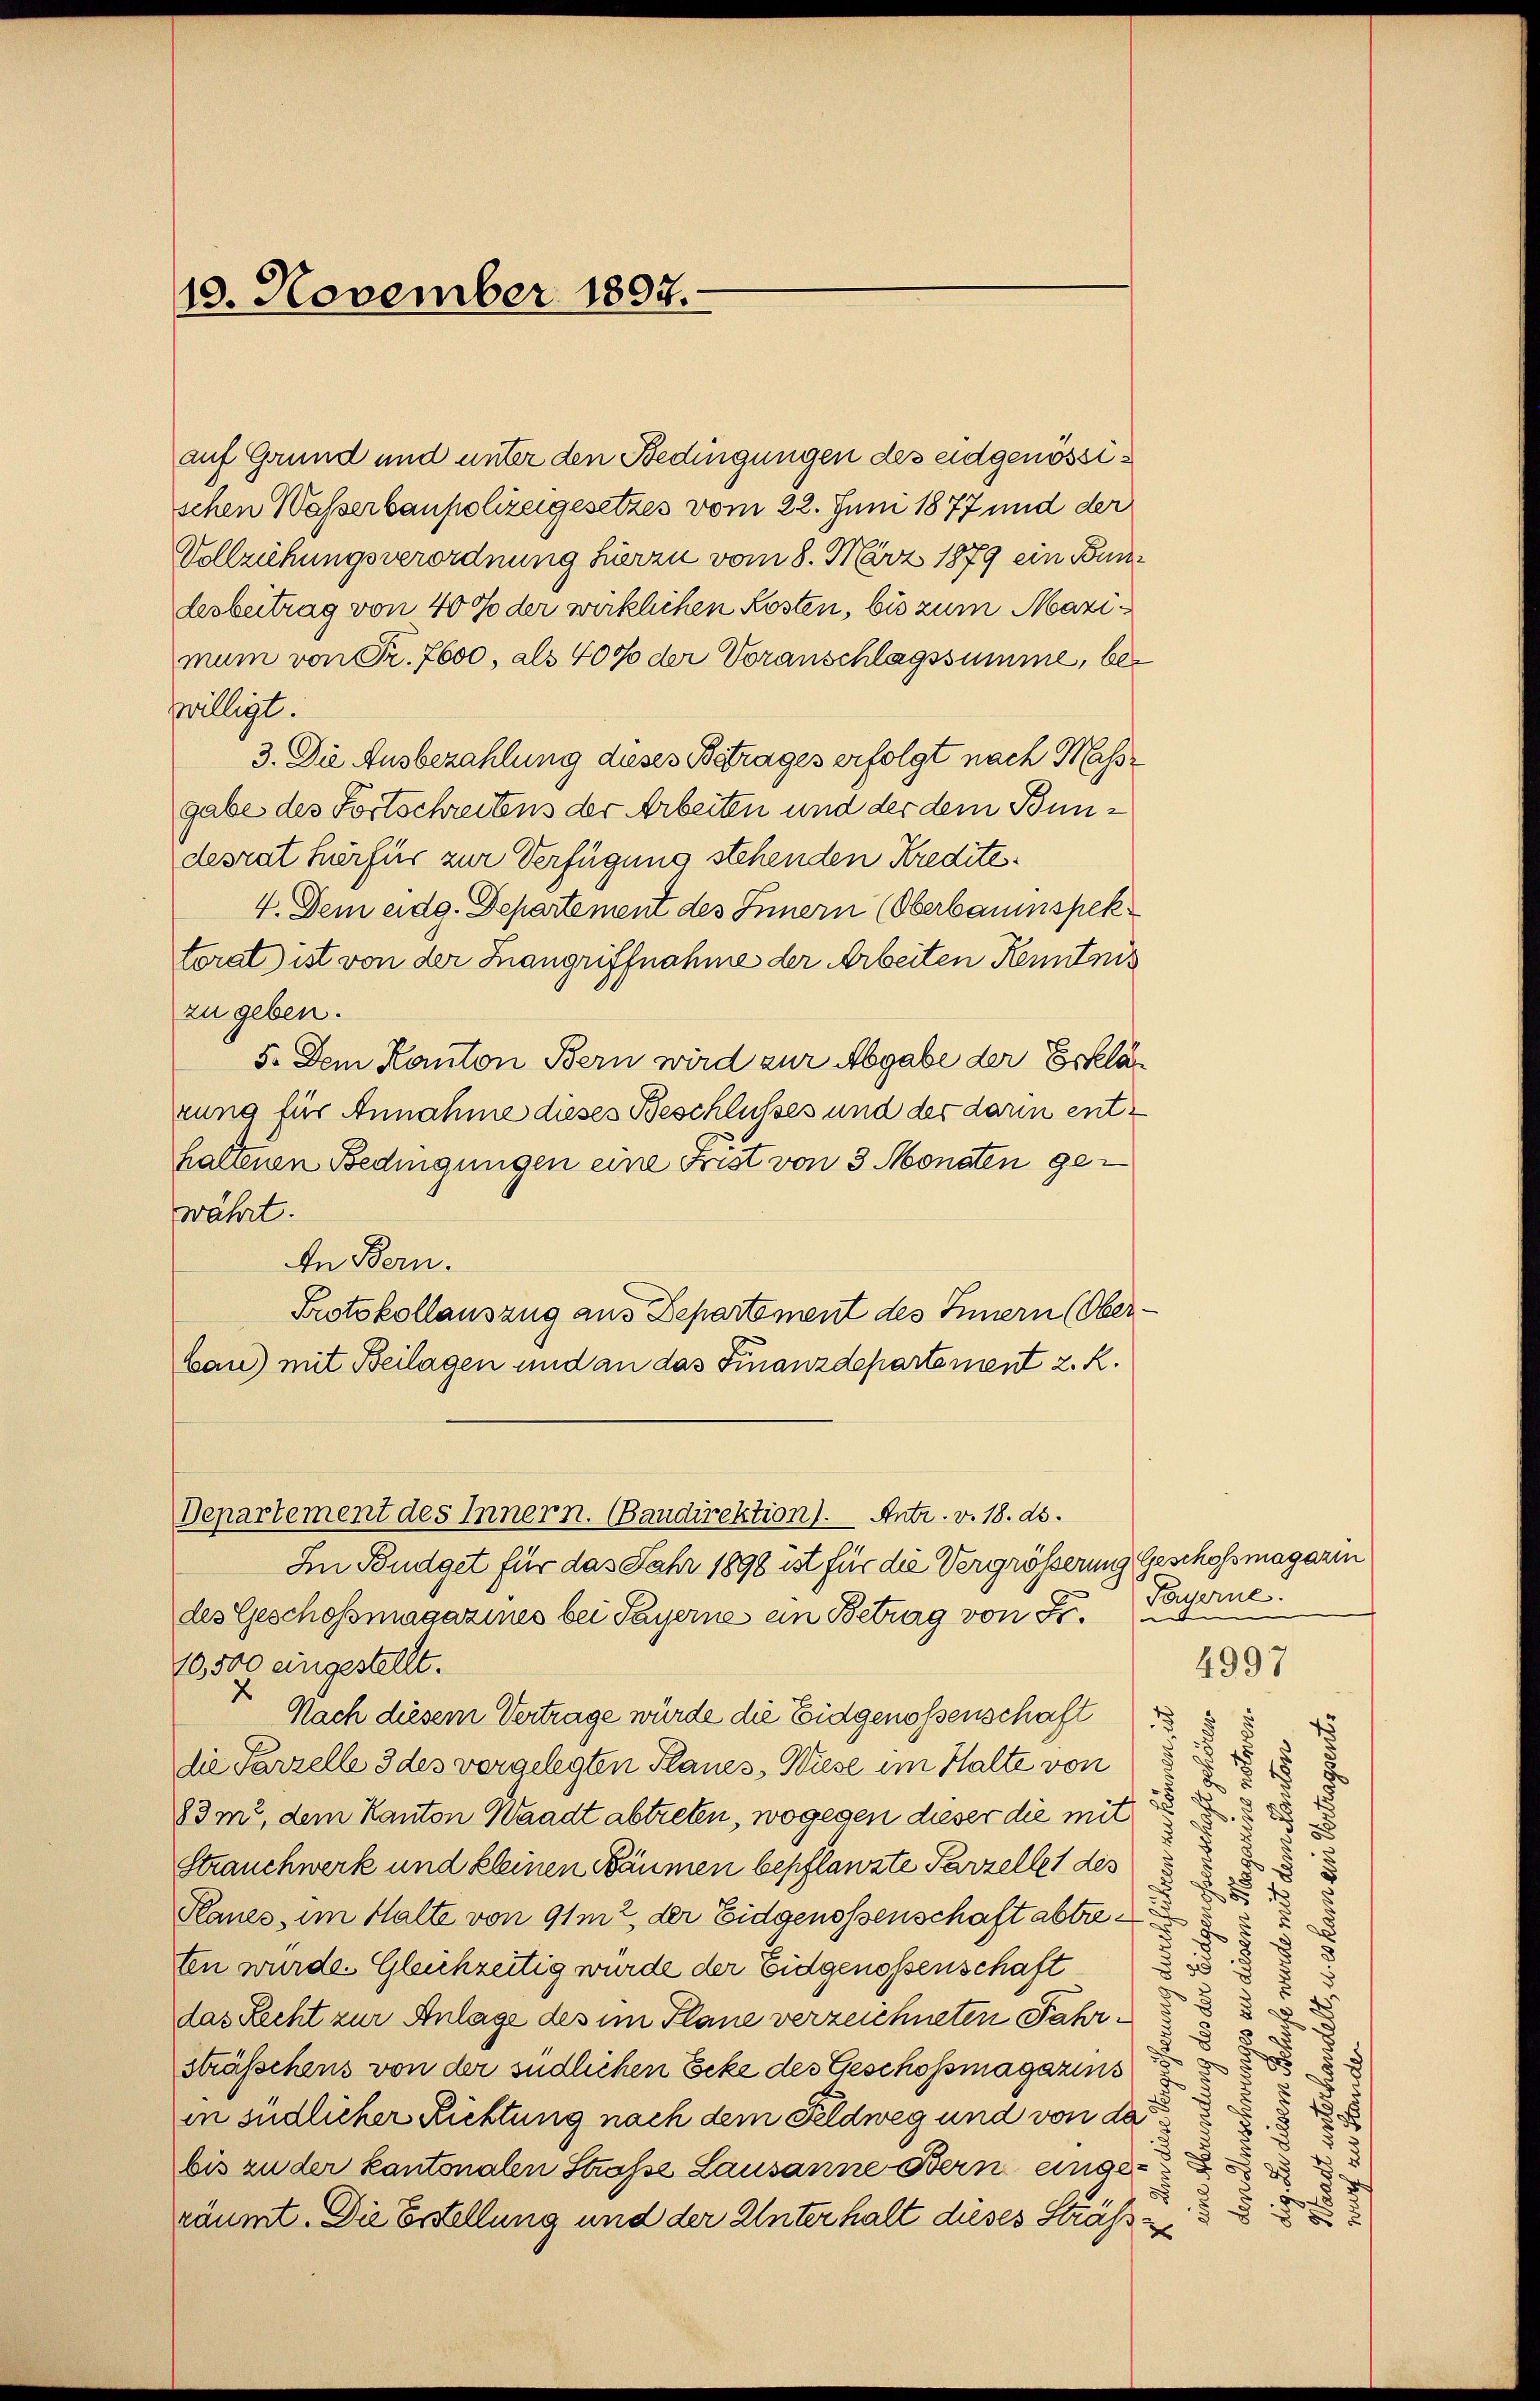
10. November 1897.

auf Grund und unter den Bedingungen des eidgenössischen Wasserbaupolizeigesetzes vom 22. Juni 1877 und der
Vollziehungsverordnung hierzu vom 8. März 1879 ein Bundesbeitrag von 40 % der wirklichen Kosten, bis zum Mazimum von Fr. 7600, als 400 der Voranschlagssumme, bewilligt.
3. Die Ausbezahlung dieses Betrages erfolgt nach Massgabe des Fortschreitens der Arbeiten und der dem Bundesrat hierfür zur Verfügung stehenden Kredite¬
4. Dem eidg. Departement des Innern (Oberbauinspektorat) ist von der Hangriffnahme der Arbeiten Kenntnis
zu geben.
5. Dem Kanton Bern wird zur Abgabe der Erklär
rung für Annahme dieses Beschlußes und des darin enthaltenen Bedingungen eine Frist von 3 Monaten gewährt.
An Bern.
Protokollauszug aus Departement des Innern (Oberbau) mit Beilagen und an das Finanzdepartement z. R.
Departement des Innern. (Bandirektion). Antr. v. 18. ds.
Im Budget für das Jahr 1898 ist für die Vergrösserung Geschofsmagarin
Payerne.
des Geschossmagazines bei Payerne ein Betrag von 55.
10,500 eingestellt.
4997
x
§
Nach diesem Vertrage würde die Eidgenossenschaft
f
5
5.
die Parzelle 3 des vorgelegten Planes, Wiese im Halte von
1
x
5
f
.
t
83m, dem Kanton Waadt abtreten, wogegen dieser die mit
5
i
Strauchwerk und kleinen Bäumen bepflanzte Parzellet des
.
Planes, im Halte von 91m?, der Eidgenossenschaft abtre¬
.
d
.
ten wurde. Gleichzeitig wurde der Eidgenossenschaft
.
.
d
das Recht zur Anlage des im Plane verzeichneten Fahr¬
u
d
sträßchens von der südlichen Ecke des Geschossmagazins
in südlicher Richtung nach dem Feldweg und von da
7
bis zu der kantonalen Straße Lausanne Bern einge¬
2
.
5

räumt. Die Erstellung und der Unterhalt dieses Sträß